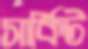
সার্কিট